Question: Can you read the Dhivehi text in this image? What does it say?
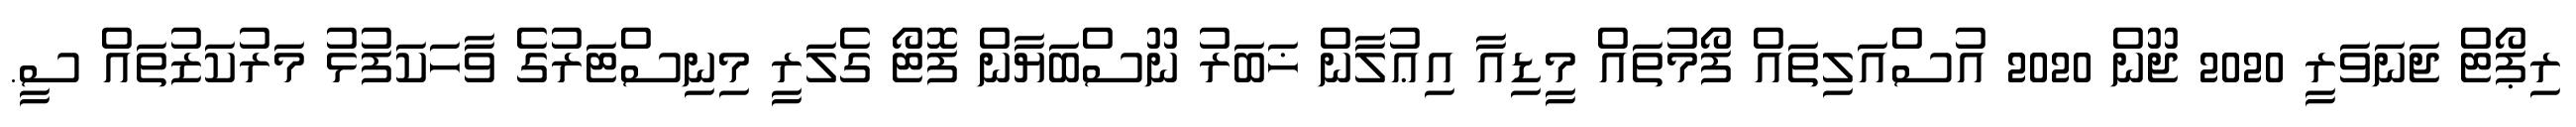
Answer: ރިޕޯޓް ޖަނަވަރީ 2020 ޖޫން 2020 އުސްއަލިތައް ފޯމުތައް މީޑިއާ އިޢުލާން ޚަބަރު ނޫސްބަޔާން ފޮޓޯ ގެލަރީ މިނިސްޓަރުގެ ވާހަކަފުޅު މަރުކަޒުތައް ސީ.